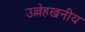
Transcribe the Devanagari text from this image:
उल्लेहखनीय